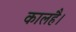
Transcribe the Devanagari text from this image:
कालहै।